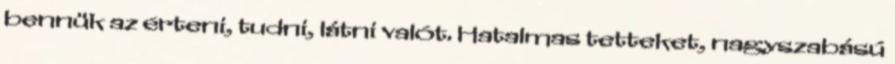
bennük az érteni, tudni, látni valót. Hatalmas tetteket, nagyszabású